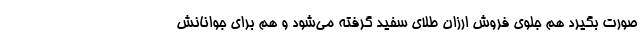
صورت بگیرد هم جلوی فروش ارزان طلای سفید گرفته می‌شود و هم برای جوانانش